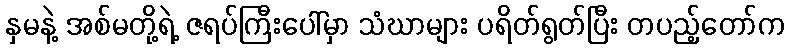
နှမနဲ့ အစ်မတို့ရဲ့ ဇရပ်ကြီးပေါ်မှာ သံဃာများ ပရိတ်ရွတ်ပြီး တပည့်တော်က